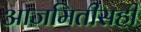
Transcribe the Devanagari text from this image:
आजमितीसही